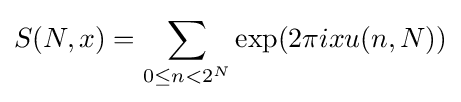
S(N,x)=\sum _{0\leq n<2^{N}}\exp(2\pi ixu(n,N))